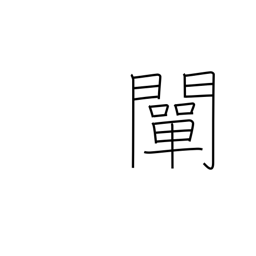
Meaning: clarify